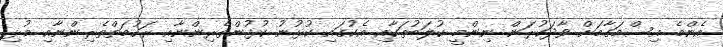
އެންމެ އިސްމަގާމަށް ވާދަކުރަން ނިންމީ ކުލަބުތަކާއި އެކުގައި ކުޅުނު ކުޅުންތެރިންނާއި ރަހުމަތްތެރިންނާއި މުޅި